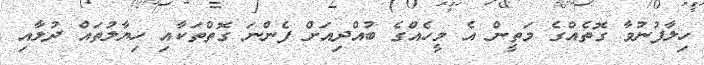
ހިލާފުނުވާ ގޮތެއްގެ މަތީން އެ މީހެއްގެ ބުއްދިއަށް ފެންނަ ގޮތްތަކާއި ހިޔާލުތައް ދުލާއި